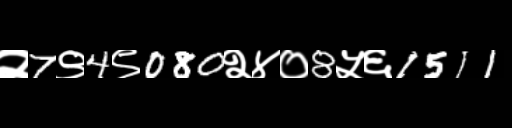
Text: २7९4९080२४०8५६1511